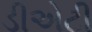
ડીએટી